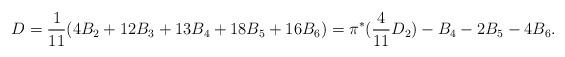
LaTeX: \begin{align*}D = \frac{1}{11}(4B_{2} + 12B_{3} + 13B_{4} + 18B_{5} + 16B_{6})= \pi^{*}(\frac{4}{11}D_{2}) - B_{4} - 2B_{5} - 4B_{6}.\end{align*}